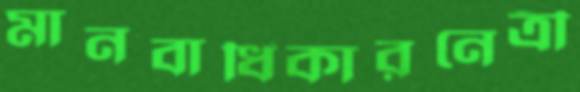
মানবাধিকারনেত্রী